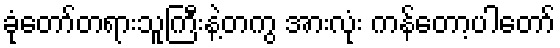
ခုံတော်တရားသူကြီးနဲ့တကွ အားလုံး ကန်တော့ပါတော်